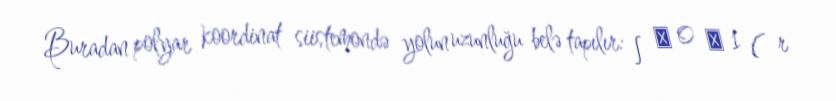
Buradan polyar koordinat siistemondə yolun uzunluğu belə tapılır: ∫ φ 0 φ 1 ( r